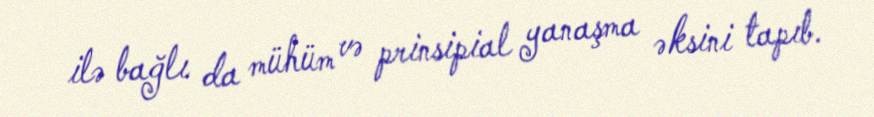
ilə bağlı da mühüm və prinsipial yanaşma əksini tapıb.